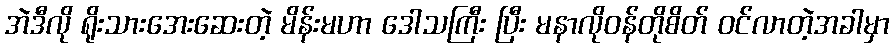
အဲဒီလို ရိုးသားအေးဆေးတဲ့ မိန်းမဟာ ဒေါသကြီး ပြီး မနာလိုဝန်တိုစိတ် ဝင်လာတဲ့အခါမှာ